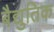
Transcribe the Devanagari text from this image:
बैद्युतिक